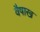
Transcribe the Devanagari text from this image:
वैषाख